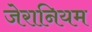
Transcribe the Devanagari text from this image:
जेरानियम